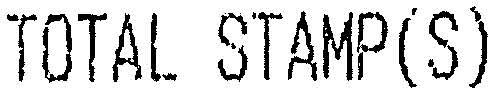
TOTAL STAMP(S)